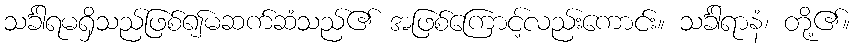
သင်္ခါရမရှိသည်ဖြစ်၍မဆက်ဆံသည်၏ အဖြစ်ကြောင့်လည်းကောင်း။ သင်္ခါရာနံ၊ တို့၏။